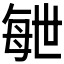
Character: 𣫸